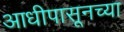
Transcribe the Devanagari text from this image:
आधीपासूनच्या